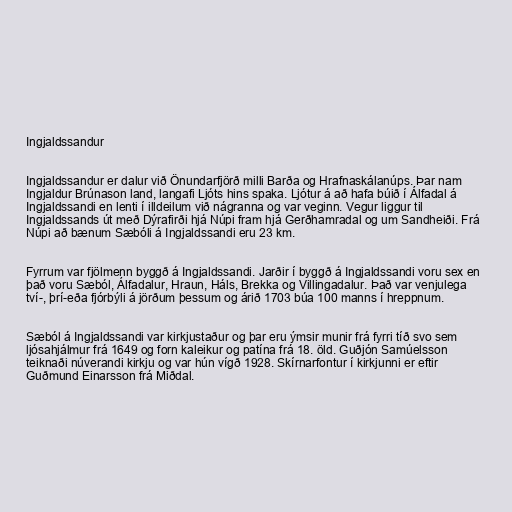
Ingjaldssandur

Ingjaldssandur er dalur við Önundarfjörð milli Barða og Hrafnaskálanúps. Þar nam
Ingjaldur Brúnason land, langafi Ljóts hins spaka. Ljótur á að hafa búið í Álfadal á
Ingjaldssandi en lenti í illdeilum við nágranna og var veginn. Vegur liggur til
Ingjaldssands út með Dýrafirði hjá Núpi fram hjá Gerðhamradal og um Sandheiði. Frá
Núpi að bænum Sæbóli á Ingjaldssandi eru 23 km.

Fyrrum var fjölmenn byggð á Ingjaldssandi. Jarðir í byggð á Ingjaldssandi voru sex en
það voru Sæból, Álfadalur, Hraun, Háls, Brekka og Villingadalur. Það var venjulega
tví-, þrí-eða fjórbýli á jörðum þessum og árið 1703 búa 100 manns í hreppnum.

Sæból á Ingjaldssandi var kirkjustaður og þar eru ýmsir munir frá fyrri tíð svo sem
ljósahjálmur frá 1649 og forn kaleikur og patína frá 18. öld. Guðjón Samúelsson
teiknaði núverandi kirkju og var hún vígð 1928. Skírnarfontur í kirkjunni er eftir
Guðmund Einarsson frá Miðdal.